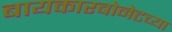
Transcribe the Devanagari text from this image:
बायकारबोनेटच्या